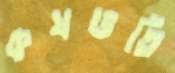
কষভর্তি